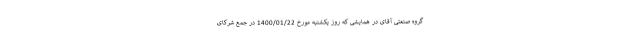
گروه صنعتی آقای در همایشی که روز یکشنبه مورخ 1400/01/22 در جمع شرکای